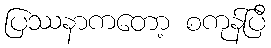
ပြဿနာကတော့ စကုန်ပြီ